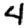
Digit: 4